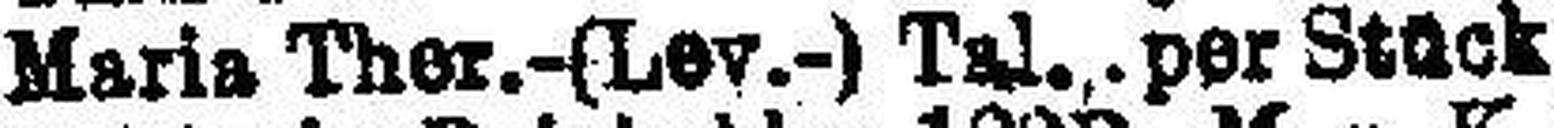
Maria Ther.-(Lev.-) Tal., per Stück